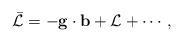
LaTeX: \begin{align*}\bar {\cal L} = - {\bf g}\cdot {\bf b} + {\cal L} +\cdots ,\end{align*}